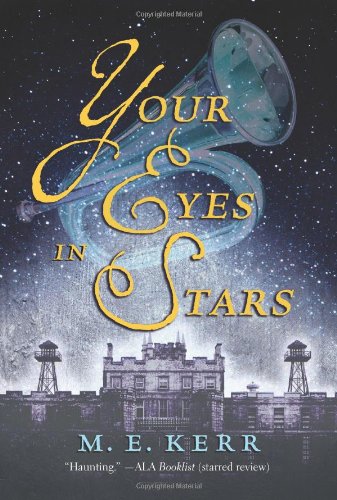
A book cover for Your Eyes in Stars; M. E. Kerr; Teen & Young Adult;